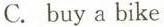
C. buy a bike